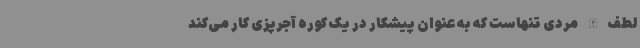
لطف‌الله مردی تنهاست که به عنوان پیشکار در یک کوره آجرپزی کار می‌کند